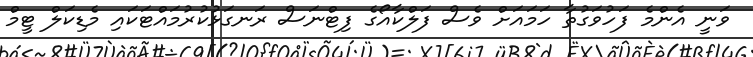
ވަނީ އެންމެ ފަހުވަގުތާ ހަމައަށް ވެސް ފަލްކާއޯގެ ފިޓްނަސް ރަނގަޅުކުރުމައްޓަކައި މެޑިކަލް ޓީމް